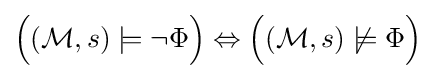
{\Big (}({\mathcal {M}},s)\models \neg \Phi {\Big )}\Leftrightarrow {\Big (}({\mathcal {M}},s)\not \models \Phi {\Big )}